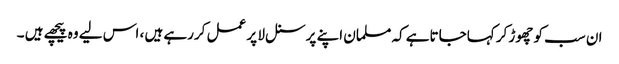
ان سب کو چھوڑ کر کہاجاتاہے کہ مسلمان اپنے پرسنل لا پر عمل کررہے ہیں ، اس لیے وہ پیچھے ہیں ۔